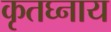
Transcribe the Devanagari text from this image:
कृतघ्नाय